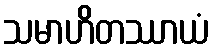
သမာဟိတဿာယံ